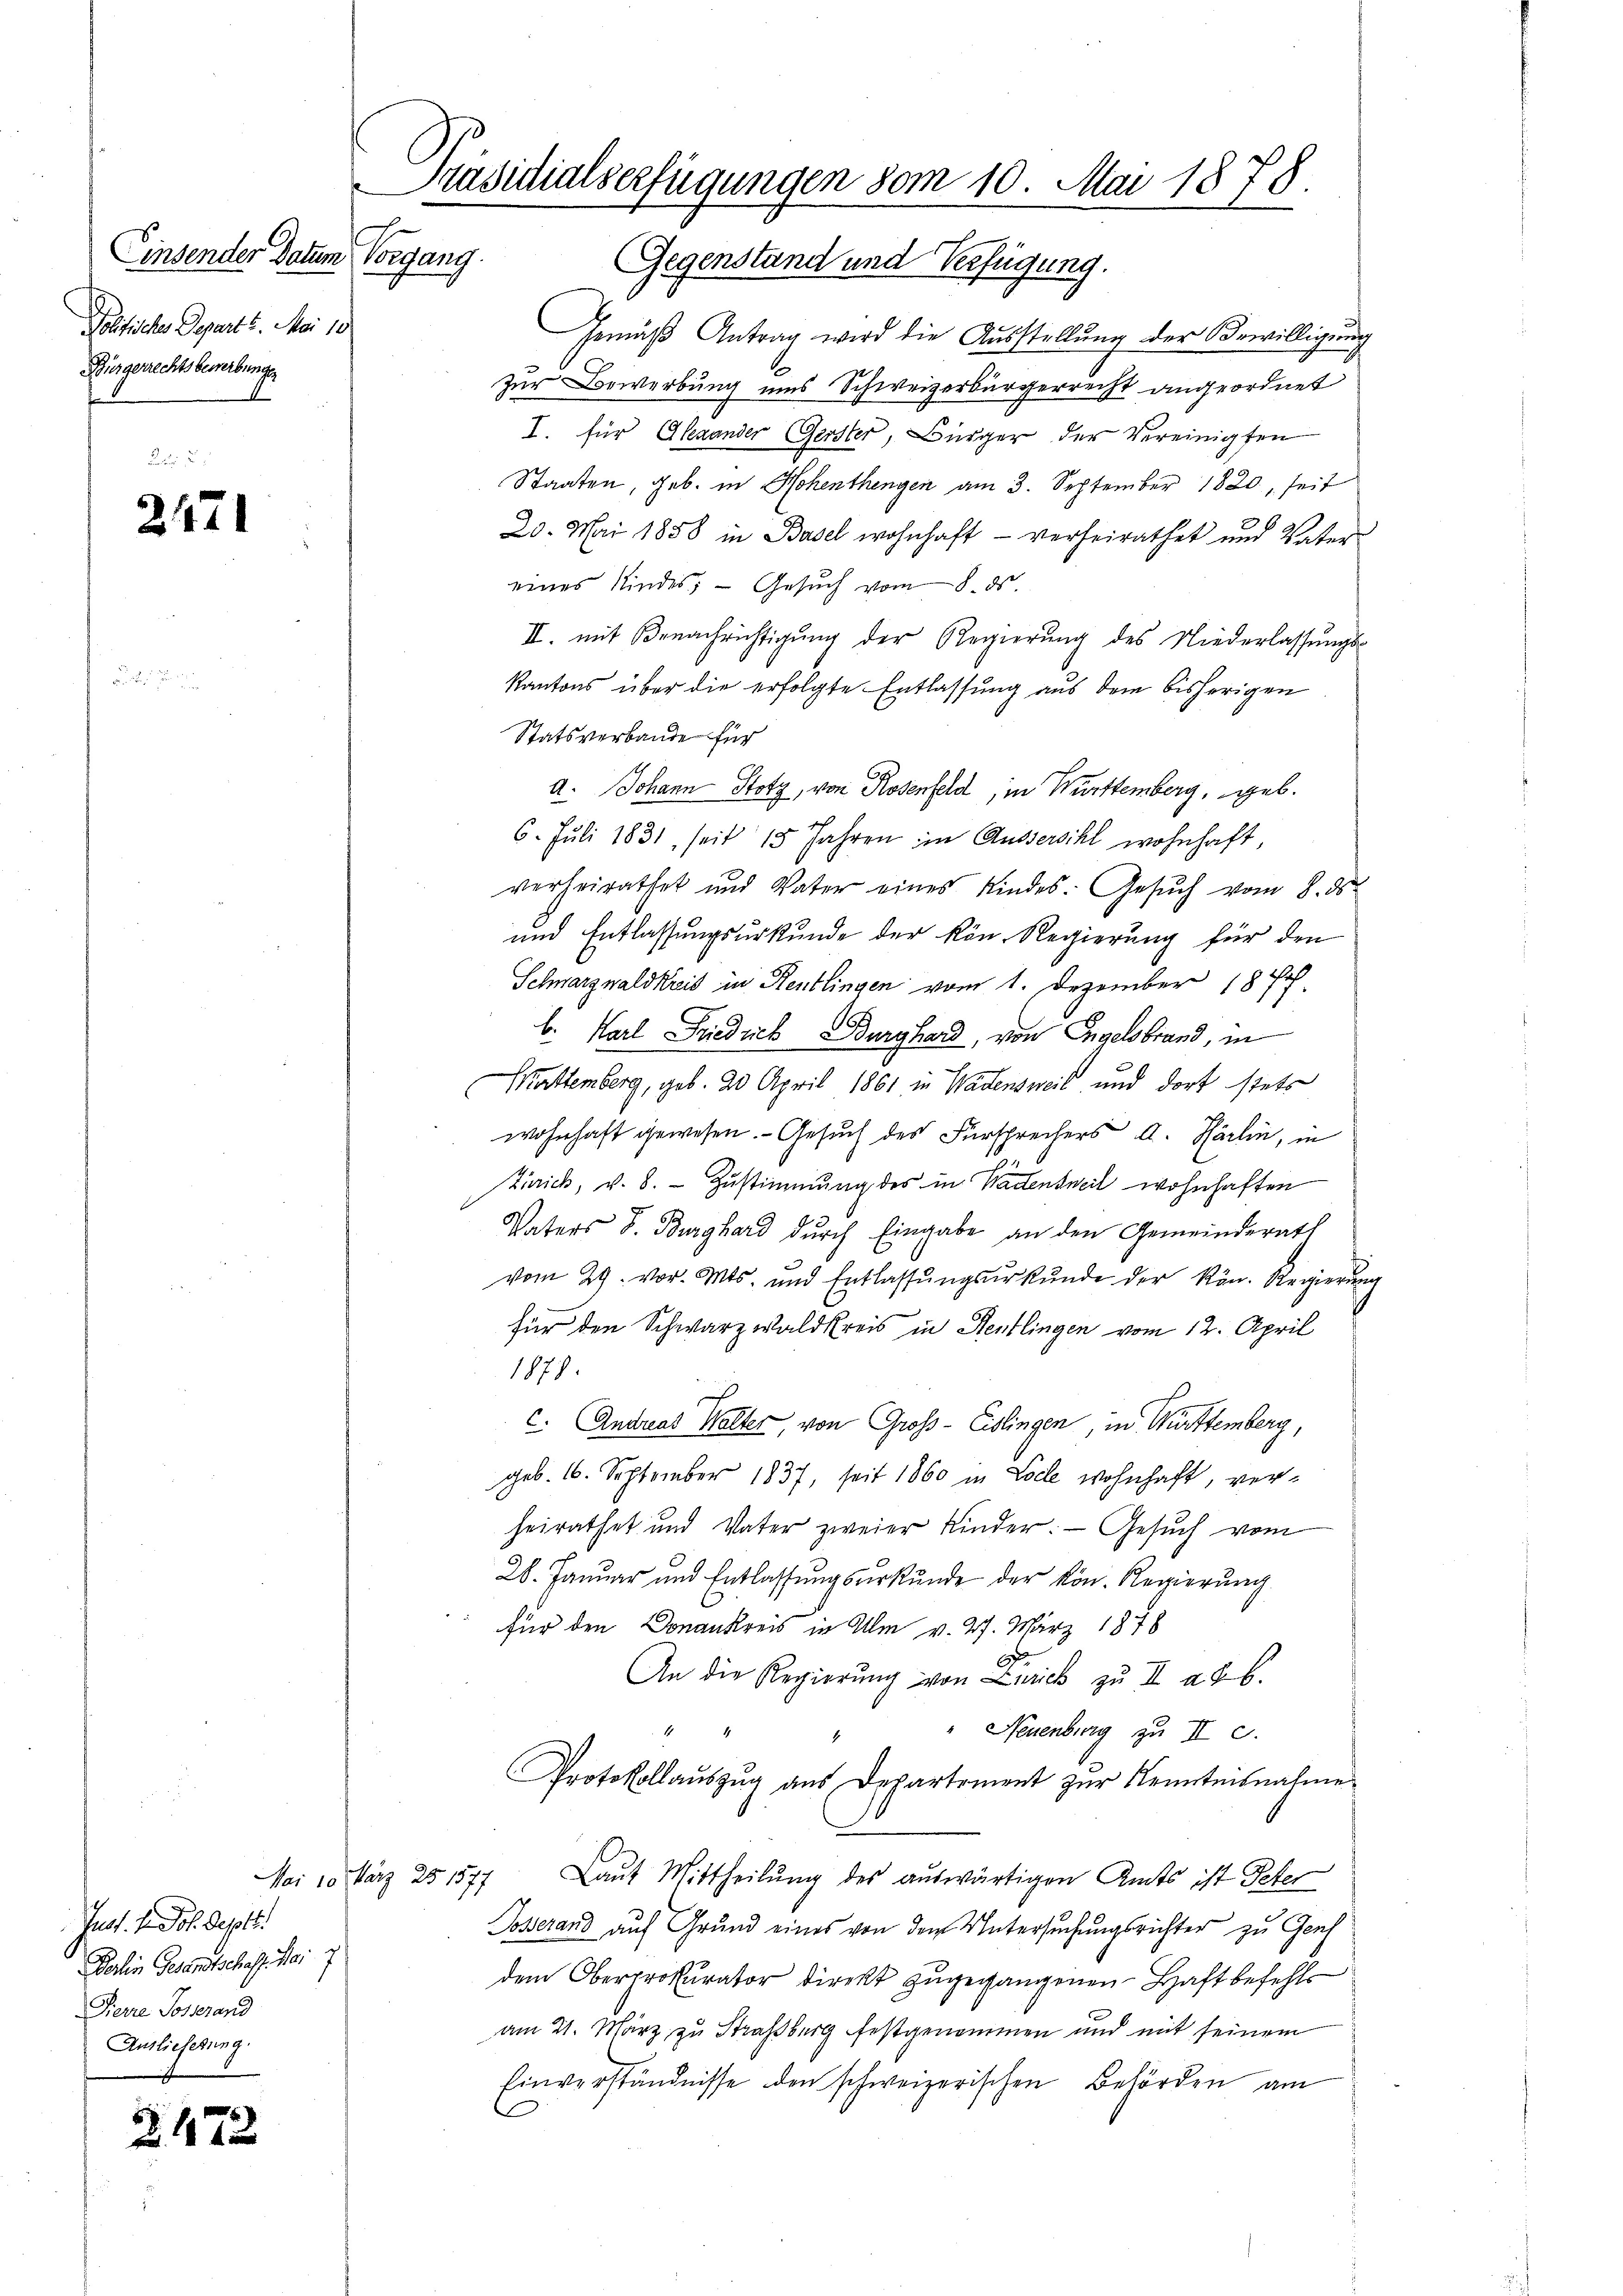
Einsender Datum Vorgang.
Polfische Depart 6. Mai 18
Bürgerrechtsbewerbunge

2471

Just 1. Joh. Sept.
Dolen Gesandtschaft. Mai 7
Pierre Sosserand
Auslieferung.

2472

Präsidialserfügungen vom 10. Mai 1878.
Gegenstand und Verfügung.

Mai 10. März 251577

Gemäß Antrag wird die Ausstellung der Bewilligung
Zur Bewerbung uns Schweizerbürgerrecht angeordnet
I. für Alexander Gerster, Bürger der Vereinigten
Staaten, geb. in Hohenthengen am 3. September 1820, seit
20. Mai 1858 in Basel wohnhaft - verheirathet und Vater
eines Kindes, - Gesŭch vom 8. ds
II. mit Benachrichtigung der Regierung des Niederlassungs-
Kantons über die erfolgte Entlassung aus dem bisherigen
Statsverbande für
A. Johann Stotz, von Rosenfeld, in Württemberg, geb.
6. Juli 1831, seit 15 Jahren im Aussersihl wohnhaft,
verheirathet und Vater eines Kindes. Gesŭch vom 8. ds.
und Entlassungsurkunde der kön. Regierung für den
Schnarznaldkreis in Rentlingen vom 1. Dezember 187
b. Karl Friedrich Burghard, von Engelsbrand, in
Mattemberg, geb. 20 April 1861 in Wadensweil und dort stets
wohnhaft gewesen. - Gesuch des Fürsprechers A. Härlin, in
Zürich, v. 8. - Zustimmung des in Badensweil wohnhaften
Vaters S. Burghard durch Eingabe an den Gemeinderath
vom 29. vor. Mts. und Entlassŭngsŭrkŭnde der Kön. Regierŭng
für den Schwarzwaldkreis in Hentlingen vom 12. April
1879.
c. Andreat Walter von Groß-Eislingen in Württemberg,
geb. 16. September 1837, seit 1860 in Loche wohnhaft, verheirathet und Vater zweier Kinder: Gesŭch vom
28. Januar und Entlassŭngsŭrkŭnde der kön. Regierŭng
für den Donankreis in Ulm v. 27. März 1878
2
An die Regierung von Zürich zu II a 26.
" Neuenburg zu II c.
Protokollauszug aus Departement zur Kenntnisnahme
Laut Mittheilung des auswärtigen Amts ist Peter
Posserand auf Grund eines von dem Untersuchungsrichter zu Genf
dem Oberprokurator direkt zugegangenen Haft befehls
am 21. März zu Straßburg festgenommen und mit seinem
Einverständnisse den schweizerischen Behörden am